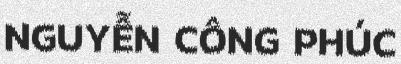
NGUYỄN CÔNG PHÚC